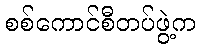
စစ်ကောင်စီတပ်ဖွဲ့က